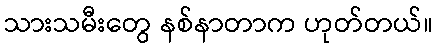
သားသမီးတွေ နစ်နာတာက ဟုတ်တယ်။